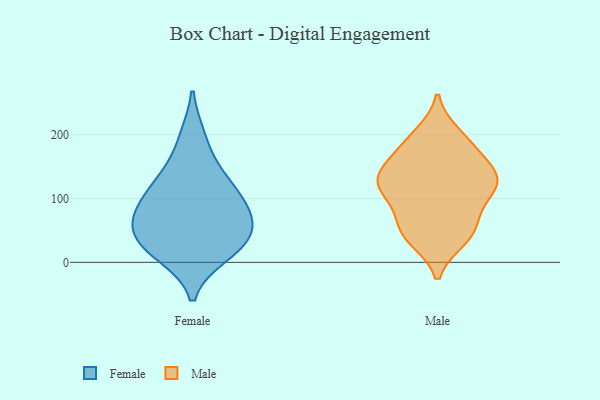
{"axis": {"x": "Temperature (°C)", "y": "Value"}, "legend": ["Female", "Male"], "data": [{"x": "", "y": 13, "type": "Female"}, {"x": "", "y": 33, "type": "Female"}, {"x": "", "y": 94, "type": "Female"}, {"x": "", "y": 21, "type": "Female"}, {"x": "", "y": 89, "type": "Female"}, {"x": "", "y": 64, "type": "Female"}, {"x": "", "y": 135, "type": "Female"}, {"x": "", "y": 69, "type": "Female"}, {"x": "", "y": 195, "type": "Female"}, {"x": "", "y": 42, "type": "Female"}, {"x": "", "y": 127, "type": "Female"}, {"x": "", "y": 45, "type": "Male"}, {"x": "", "y": 60, "type": "Male"}, {"x": "", "y": 183, "type": "Male"}, {"x": "", "y": 191, "type": "Male"}, {"x": "", "y": 144, "type": "Male"}, {"x": "", "y": 101, "type": "Male"}, {"x": "", "y": 40, "type": "Male"}, {"x": "", "y": 37, "type": "Male"}, {"x": "", "y": 112, "type": "Male"}, {"x": "", "y": 131, "type": "Male"}, {"x": "", "y": 200, "type": "Male"}, {"x": "", "y": 128, "type": "Male"}, {"x": "", "y": 140, "type": "Male"}, {"x": "", "y": 69, "type": "Male"}, {"x": "", "y": 113, "type": "Male"}, {"x": "", "y": 160, "type": "Male"}, {"x": "", "y": 125, "type": "Male"}]}